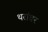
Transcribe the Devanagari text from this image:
थरांवर